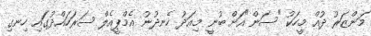
މަންޒަރު ދުއް މީހަކު "ސަން"އަށް ބުނީ މިއަދު ހެނދުނު އެމްޕީއެލް ސަރަހައްދުގައި ހިނގި